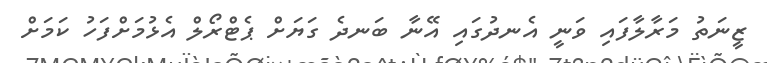
ޒީނަތު މަރާލާފައި ވަނީ އެނދުގައި އޭނާ ބަނދެ ގަޔަށް ޕެޓްރޯލް އެޅުމަށްފަހު ކަމަށް